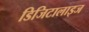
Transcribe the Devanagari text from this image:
डिजिटालाइज